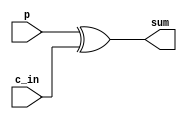
`timescale 1ns / 1ps
//////////////////////////////////////////////////////////////////////////////////
// Company: 
// Engineer: 
// 
// Design Name: 
// Module Name: s
// Project Name: 
// Target Devices: 
// Tool Versions: 
// Description: 
// 
// Dependencies: 
// 
// Revision:
// Revision 0.01 - File Created
// Additional Comments:
// 
//////////////////////////////////////////////////////////////////////////////////


module s(p, c_in, sum);
input p, c_in; 
output reg sum;

always @(*) begin
    sum = p ^ c_in; 
end
endmodule